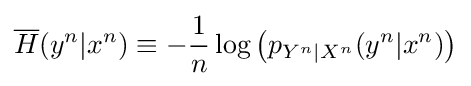
{\overline {H}}(y^{n}|x^{n})\equiv -{\frac {1}{n}}\log \left(p_{Y^{n}|X^{n}}(y^{n}|x^{n})\right)